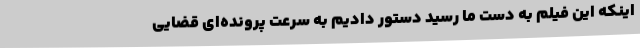
اینکه این فیلم به دست ما رسید دستور دادیم به سرعت پرونده‌ای قضایی